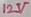
Text: 12V